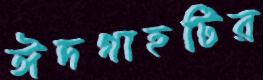
ঈদগাহটির